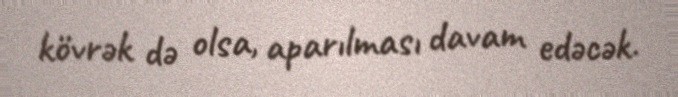
kövrək də olsa, aparılması davam edəcək.